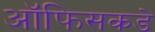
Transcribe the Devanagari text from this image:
ऑफिसकडे